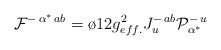
\begin{align*}{\cal F}^{-\,\alpha^*\,ab}= \o{1}{2}g^2_{eff.}J^{-\,ab}_u {\cal P}_{\alpha^*}^{-\, u}\end{align*}